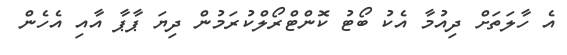
އެ ހާލަތަށް ދިއުމާ އެކު ބޯޓު ކޮންޓްރޯލްކުރަމުން ދިޔަ ޕާޕާ އާއި އެހެން